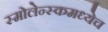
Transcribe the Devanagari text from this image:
स्मोलेन्स्कमध्येच